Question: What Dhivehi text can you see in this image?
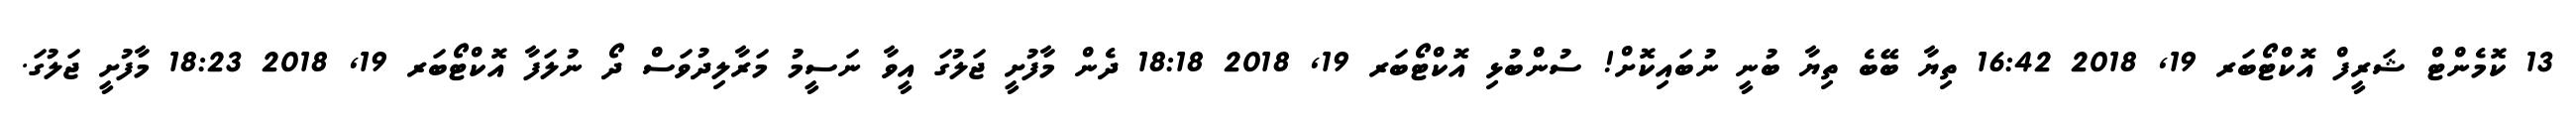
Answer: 13 ކޮމެންޓް ޝަރީފް އޮކްޓޯބަރ 19, 2018 16:42 ތިޔާ ބޭބެ ތިޔާ ބުނީ ނުބައިކޮށް! ސުންބުޅި އޮކްޓޯބަރ 19, 2018 18:18 ދެން މާފުށީ ޖަލުގަ އީވާ ނަސީމު މަރާލިދުވަސް ދޯ ނުލަފާ އޮކްޓޯބަރ 19, 2018 18:23 މާފުށީ ޖަލުގަ.